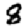
Digit: 8